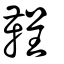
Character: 鞓